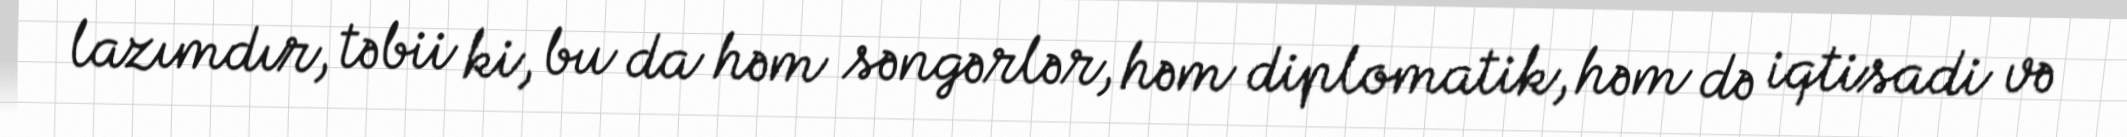
lazımdır, təbii ki, bu da həm səngərlər, həm diplomatik, həm də iqtisadi və